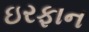
ઇરફાન